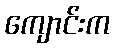
ကျောင်းက